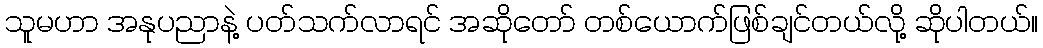
သူမဟာ အနုပညာနဲ့ ပတ်သက်လာရင် အဆိုတော် တစ်ယောက်ဖြစ်ချင်တယ်လို့ ဆိုပါတယ်။